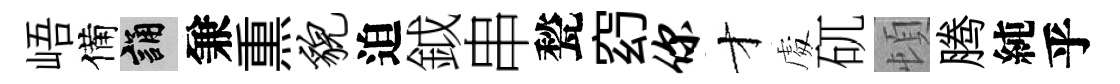
峿備誦兼𤋱貌迫鉞串甃𥥆你才䖏矹頓腾純乎